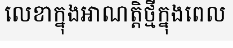
លេខាក្នុងអាណត្តិថ្មីក្នុងពេល